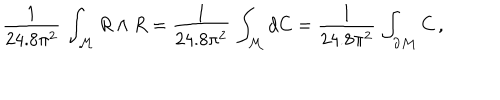
\frac { 1 } { 2 4 . 8 \pi ^ { 2 } } \, \int _ { \cal M } R \wedge R = \frac { 1 } { 2 4 . 8 \pi ^ { 2 } } \, \int _ { { \cal M } } \mathrm { d } C = \frac { 1 } { 2 4 . 8 \pi ^ { 2 } } \, \int _ { \partial { \cal M } } C \, ,